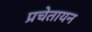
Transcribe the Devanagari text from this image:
प्रचेतायन